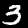
Digit: 3